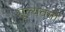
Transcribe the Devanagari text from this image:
मूल्यवर्गो